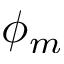
\phi _ { m }